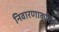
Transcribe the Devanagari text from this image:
निवारणाकरिता